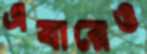
এবারেও